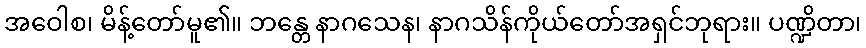
အဝေါစ၊ မိန့်တော်မူ၏။ ဘန္တေ နာဂသေန၊ နာဂသိန်ကိုယ်တော်အရှင်ဘုရား။ ပဏ္ဍိတာ၊